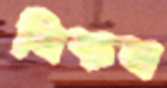
ত্রিফল